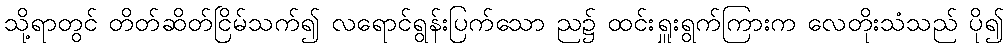
သို့ရာတွင် တိတ်ဆိတ်ငြိမ်သက်၍ လရောင်ရွန်းပြက်သော ည၌ ထင်းရှူးရွက်ကြားက လေတိုးသံသည် ပို၍